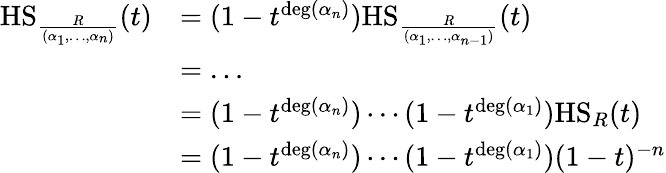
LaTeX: \begin{array}{rl}{\mathrm{HS}_{\frac{R}{(\alpha_{1},\dots,\alpha_{n})}}(t)}&{=(1-t^{\deg(\alpha_{n})})\mathrm{HS}_{\frac{R}{(\alpha_{1},\dots,\alpha_{n-1})}}(t)}\\ &{=\dots}\\ &{=(1-t^{\deg(\alpha_{n})})\cdots(1-t^{\deg(\alpha_{1})})\mathrm{HS}_{R}(t)}\\ &{=(1-t^{\deg(\alpha_{n})})\cdots(1-t^{\deg(\alpha_{1})})(1-t)^{-n}}\end{array}